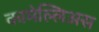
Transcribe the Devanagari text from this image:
कामेल्लिअस